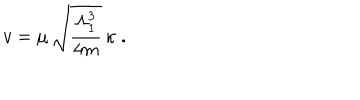
v = \mu \, \sqrt { \frac { \Lambda _ { 1 } ^ { 3 } } { 4 m } } \, \kappa \; .